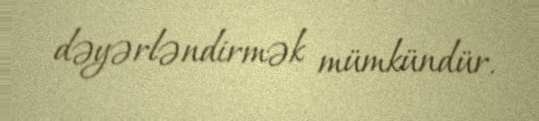
dəyərləndirmək mümkündür.